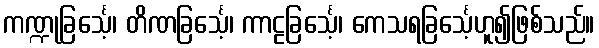
ကဏ္ဍုခြင်္သေ့၊ တိဏခြင်္သေ့၊ ကာဠခြင်္သေ့၊ ကေသရခြင်္သေ့ဟူ၍ဖြစ်သည်။